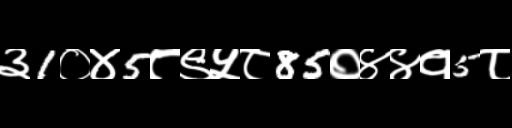
Text: ३1०४5८९५८85०४४१5८